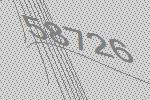
58726